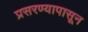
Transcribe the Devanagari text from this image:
प्रसरण्यापासून